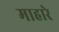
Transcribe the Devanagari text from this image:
माहारे